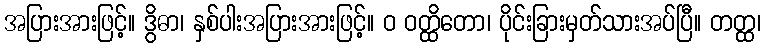
အပြားအားဖြင့်။ ဒွိဓာ၊ နှစ်ပါးအပြားအားဖြင့်။ ဝ ဝတ္ထိတော၊ ပိုင်းခြားမှတ်သားအပ်ပြီ။ တတ္ထ၊